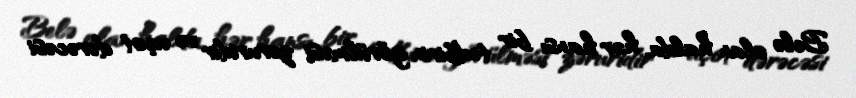
Belə olan halda, hər hansı bir tədbirin görülməsi zəruridir və uçot dərəcəsi